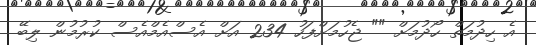
އެ ހިދުމަތް ހޯދުމަށް "" ޖެހުމަށްފަހު 234 އަށް އެސްއެމްއެސް ކުރުމުން ލިބޭ